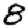
Digit: 8